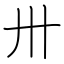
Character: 卅